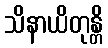
သိနာယိတုန္တိ